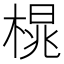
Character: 𪳒